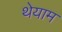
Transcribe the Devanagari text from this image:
थेयाम